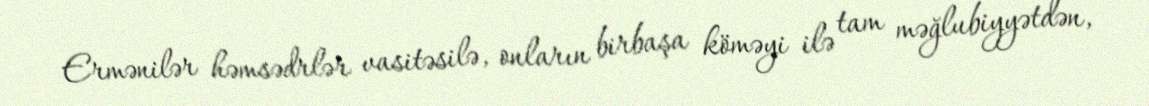
Ermənilər həmsədrlər vasitəsilə, onların birbaşa köməyi ilə tam məğlubiyyətdən,